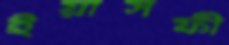
ইয়াসফী